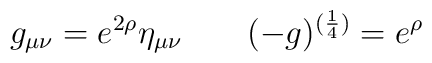
g_{\mu\nu} = e^{2\rho}\eta_{\mu\nu}\;\;\;\;\;\;\; (-g)^{({1\over 4})}=e^{\rho}